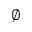
\varnothing